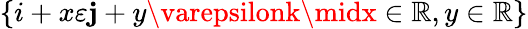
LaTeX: \{ i+x\varepsilon\mathbf{j}+y\varepsilonk\midx\in\mathbb{{R}},y\in\mathbb{{R}}\}